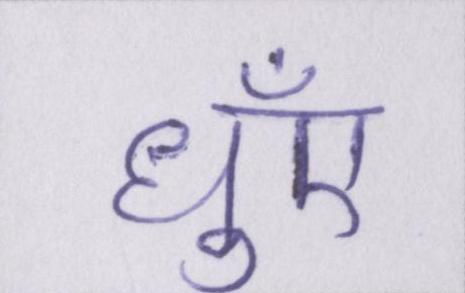
धुँए